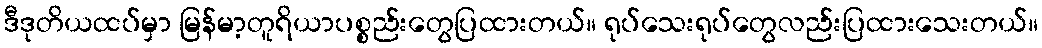
ဒီဒုတိယထပ်မှာ မြန်မာ့တူရိယာပစ္စည်းတွေပြထားတယ်။ ရုပ်သေးရုပ်တွေလည်းပြထားသေးတယ်။